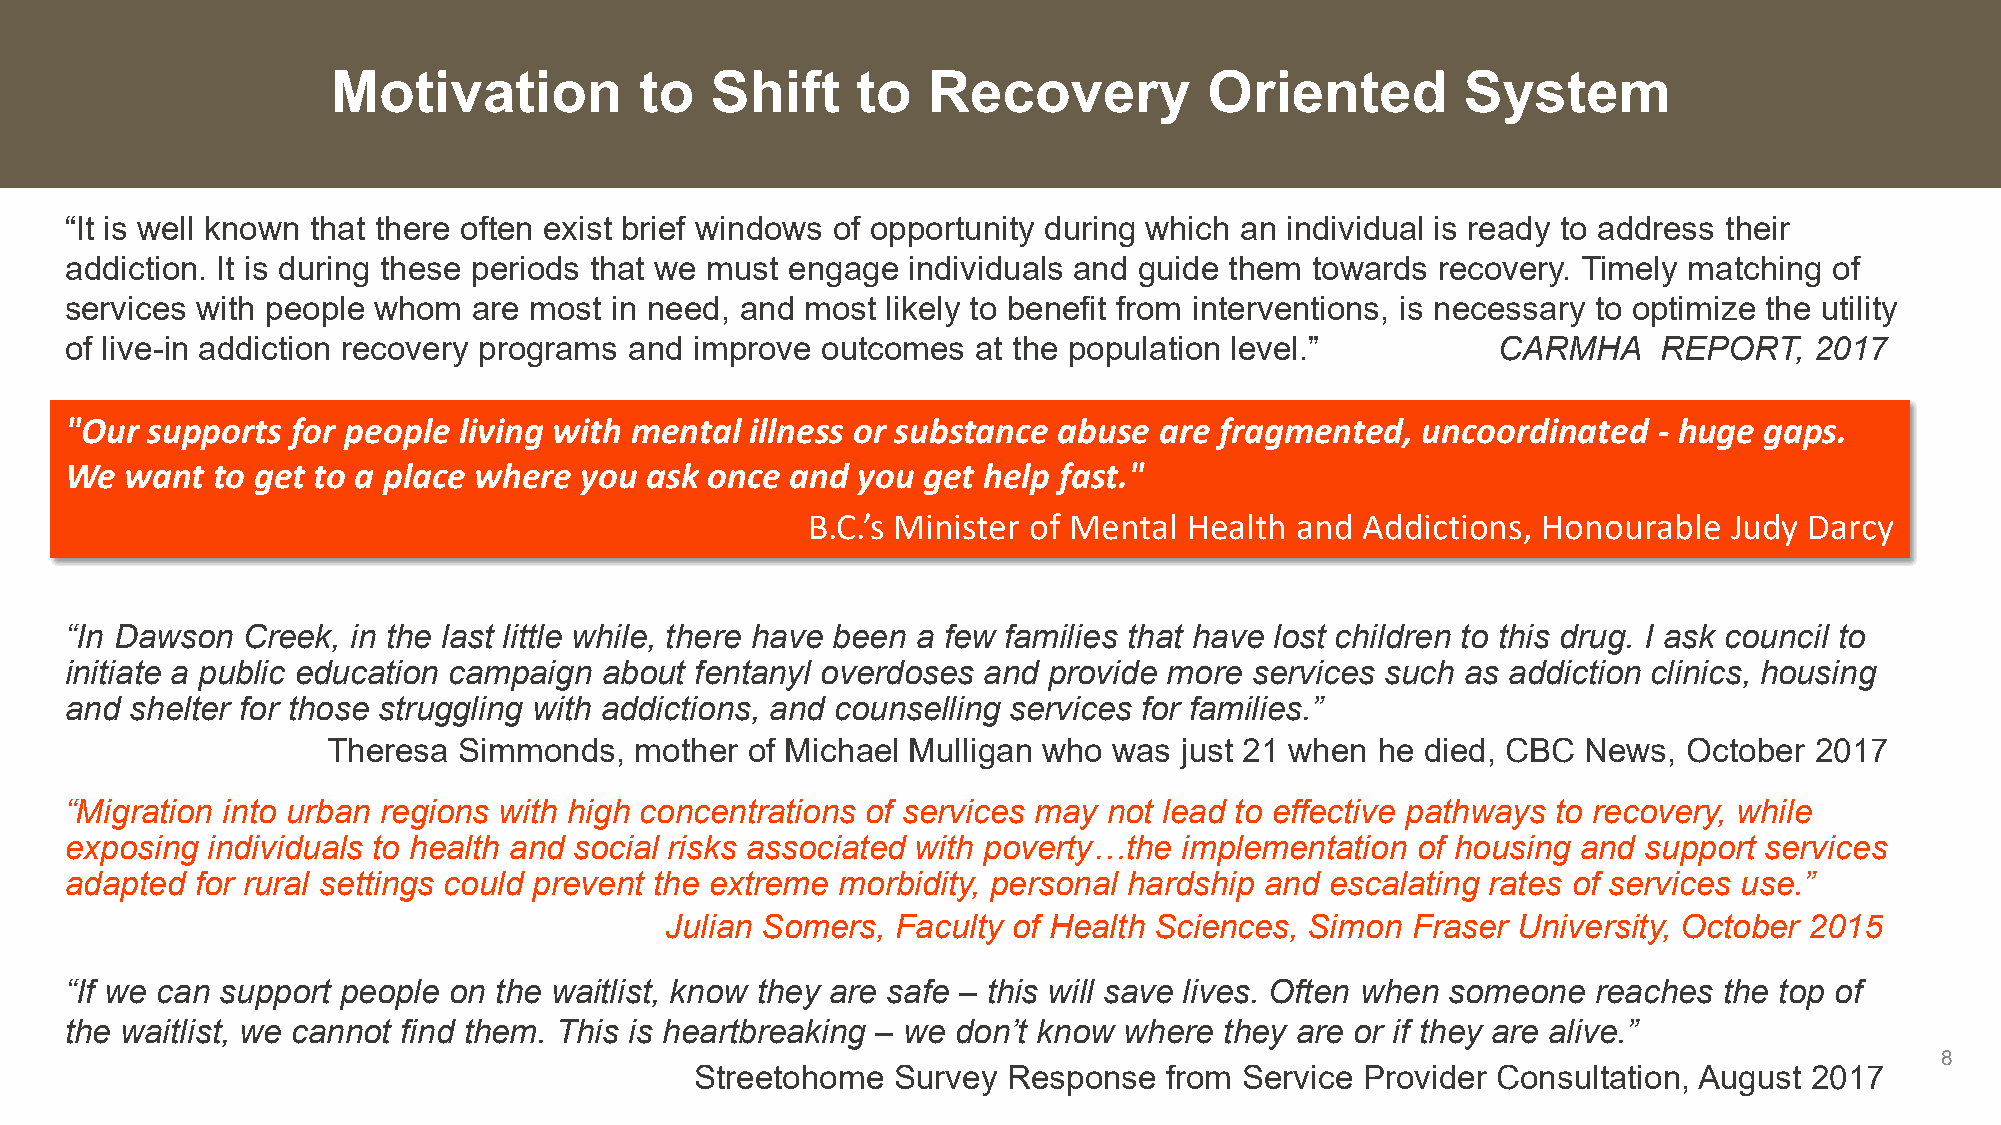
Motivation          to   Shift     to  Recovery           Oriented         System
 “It is well known that there often exist brief windows of opportunity during which an individual is ready to address their
 addiction. It is during these periods that we must engage individuals and guide them towards recovery. Timely matching of
 services with people whom  are most in need, and most  likely to benefit from interventions, is necessary to optimize the utility
 of live-in addiction recovery programs and improve outcomes  at the population level.”         CARMHA     REPORT,   2017
 "Our  supports for people living with mental  illness or substance abuse are fragmented,  uncoordinated   - huge gaps.
 We  want  to get to a place where you  ask once and  you get help fast."
 B.C.’s Minister of Mental Health and Addictions, Honourable   Judy Darcy
 “In Dawson  Creek, in the last little while, there have been a few families that have lost children to this drug. I ask council to
 initiate a public education campaign about fentanyl overdoses and provide more services such as addiction clinics, housing
 and  shelter for those struggling with addictions, and counselling services for families.”
 Theresa Simmonds,   mother of Michael Mulligan who  was just 21 when he died, CBC  News,  October 2017
 “Migration into urban regions with high concentrations of services may not lead to effective pathways to recovery, while
 exposing  individuals to health and social risks associated with poverty…the implementation of housing and support services
 adapted  for rural settings could prevent the extreme morbidity, personal hardship and escalating rates of services use.”
 Julian Somers, Faculty of Health Sciences, Simon Fraser University, October 2015
 “If we can support people on the waitlist, know they are safe – this will save lives. Often when someone reaches the top of
 the waitlist, we cannot find them. This is heartbreaking – we don’t know where they are or if they are alive.”
 8
 Streetohome  Survey  Response  from Service Provider Consultation, August 2017